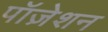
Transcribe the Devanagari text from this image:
पॉज़ेशन